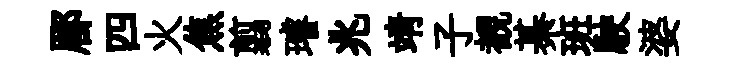
郿四火焦翦璿兆靖子覩綦班駛婆